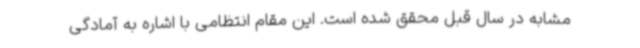
مشابه در سال قبل محقق شده است. این مقام انتظامی با اشاره به آمادگی